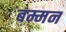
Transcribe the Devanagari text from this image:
बम्मन